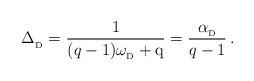
LaTeX: \begin{align*} \Delta_{_{\rm D}}={1\over ({q-1})\omega_{_{\rm D}}+{\rm q}}={\alpha_{_{\rm D}}\over{q-1}} \, .\end{align*}